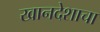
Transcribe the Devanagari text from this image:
खानदेशाचा